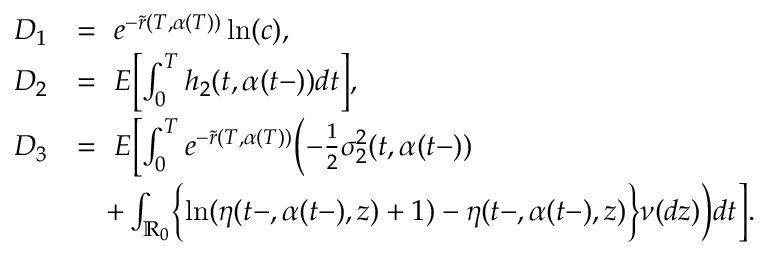
\begin{array} { r l } { D _ { 1 } } & { = \ e ^ { - \tilde { r } ( T , \alpha ( T ) ) } \ln ( c ) , } \\ { D _ { 2 } } & { = \ E \biggl [ \int _ { 0 } ^ { T } h _ { 2 } ( t , \alpha ( t - ) ) d t \biggr ] , } \\ { D _ { 3 } } & { = \ E \biggl [ \int _ { 0 } ^ { T } e ^ { - \tilde { r } ( T , \alpha ( T ) ) } \biggl ( - \frac { 1 } { 2 } \sigma _ { 2 } ^ { 2 } ( t , \alpha ( t - ) ) } \\ & { \quad + \int _ { \mathbb { R } _ { 0 } } \biggl \{ \ln ( \eta ( t - , \alpha ( t - ) , z ) + 1 ) - \eta ( t - , \alpha ( t - ) , z ) \biggr \} \nu ( d z ) \biggr ) d t \biggr ] . } \end{array}